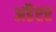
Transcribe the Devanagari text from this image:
अडैप्टर